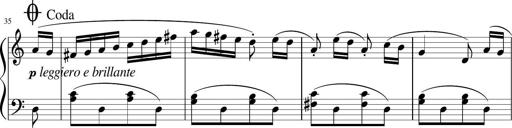
Title: 3 Sonatinen
Composer: Heinrich Lichner